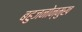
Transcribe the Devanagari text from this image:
बहुजनोन्मुख